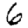
Digit: 6